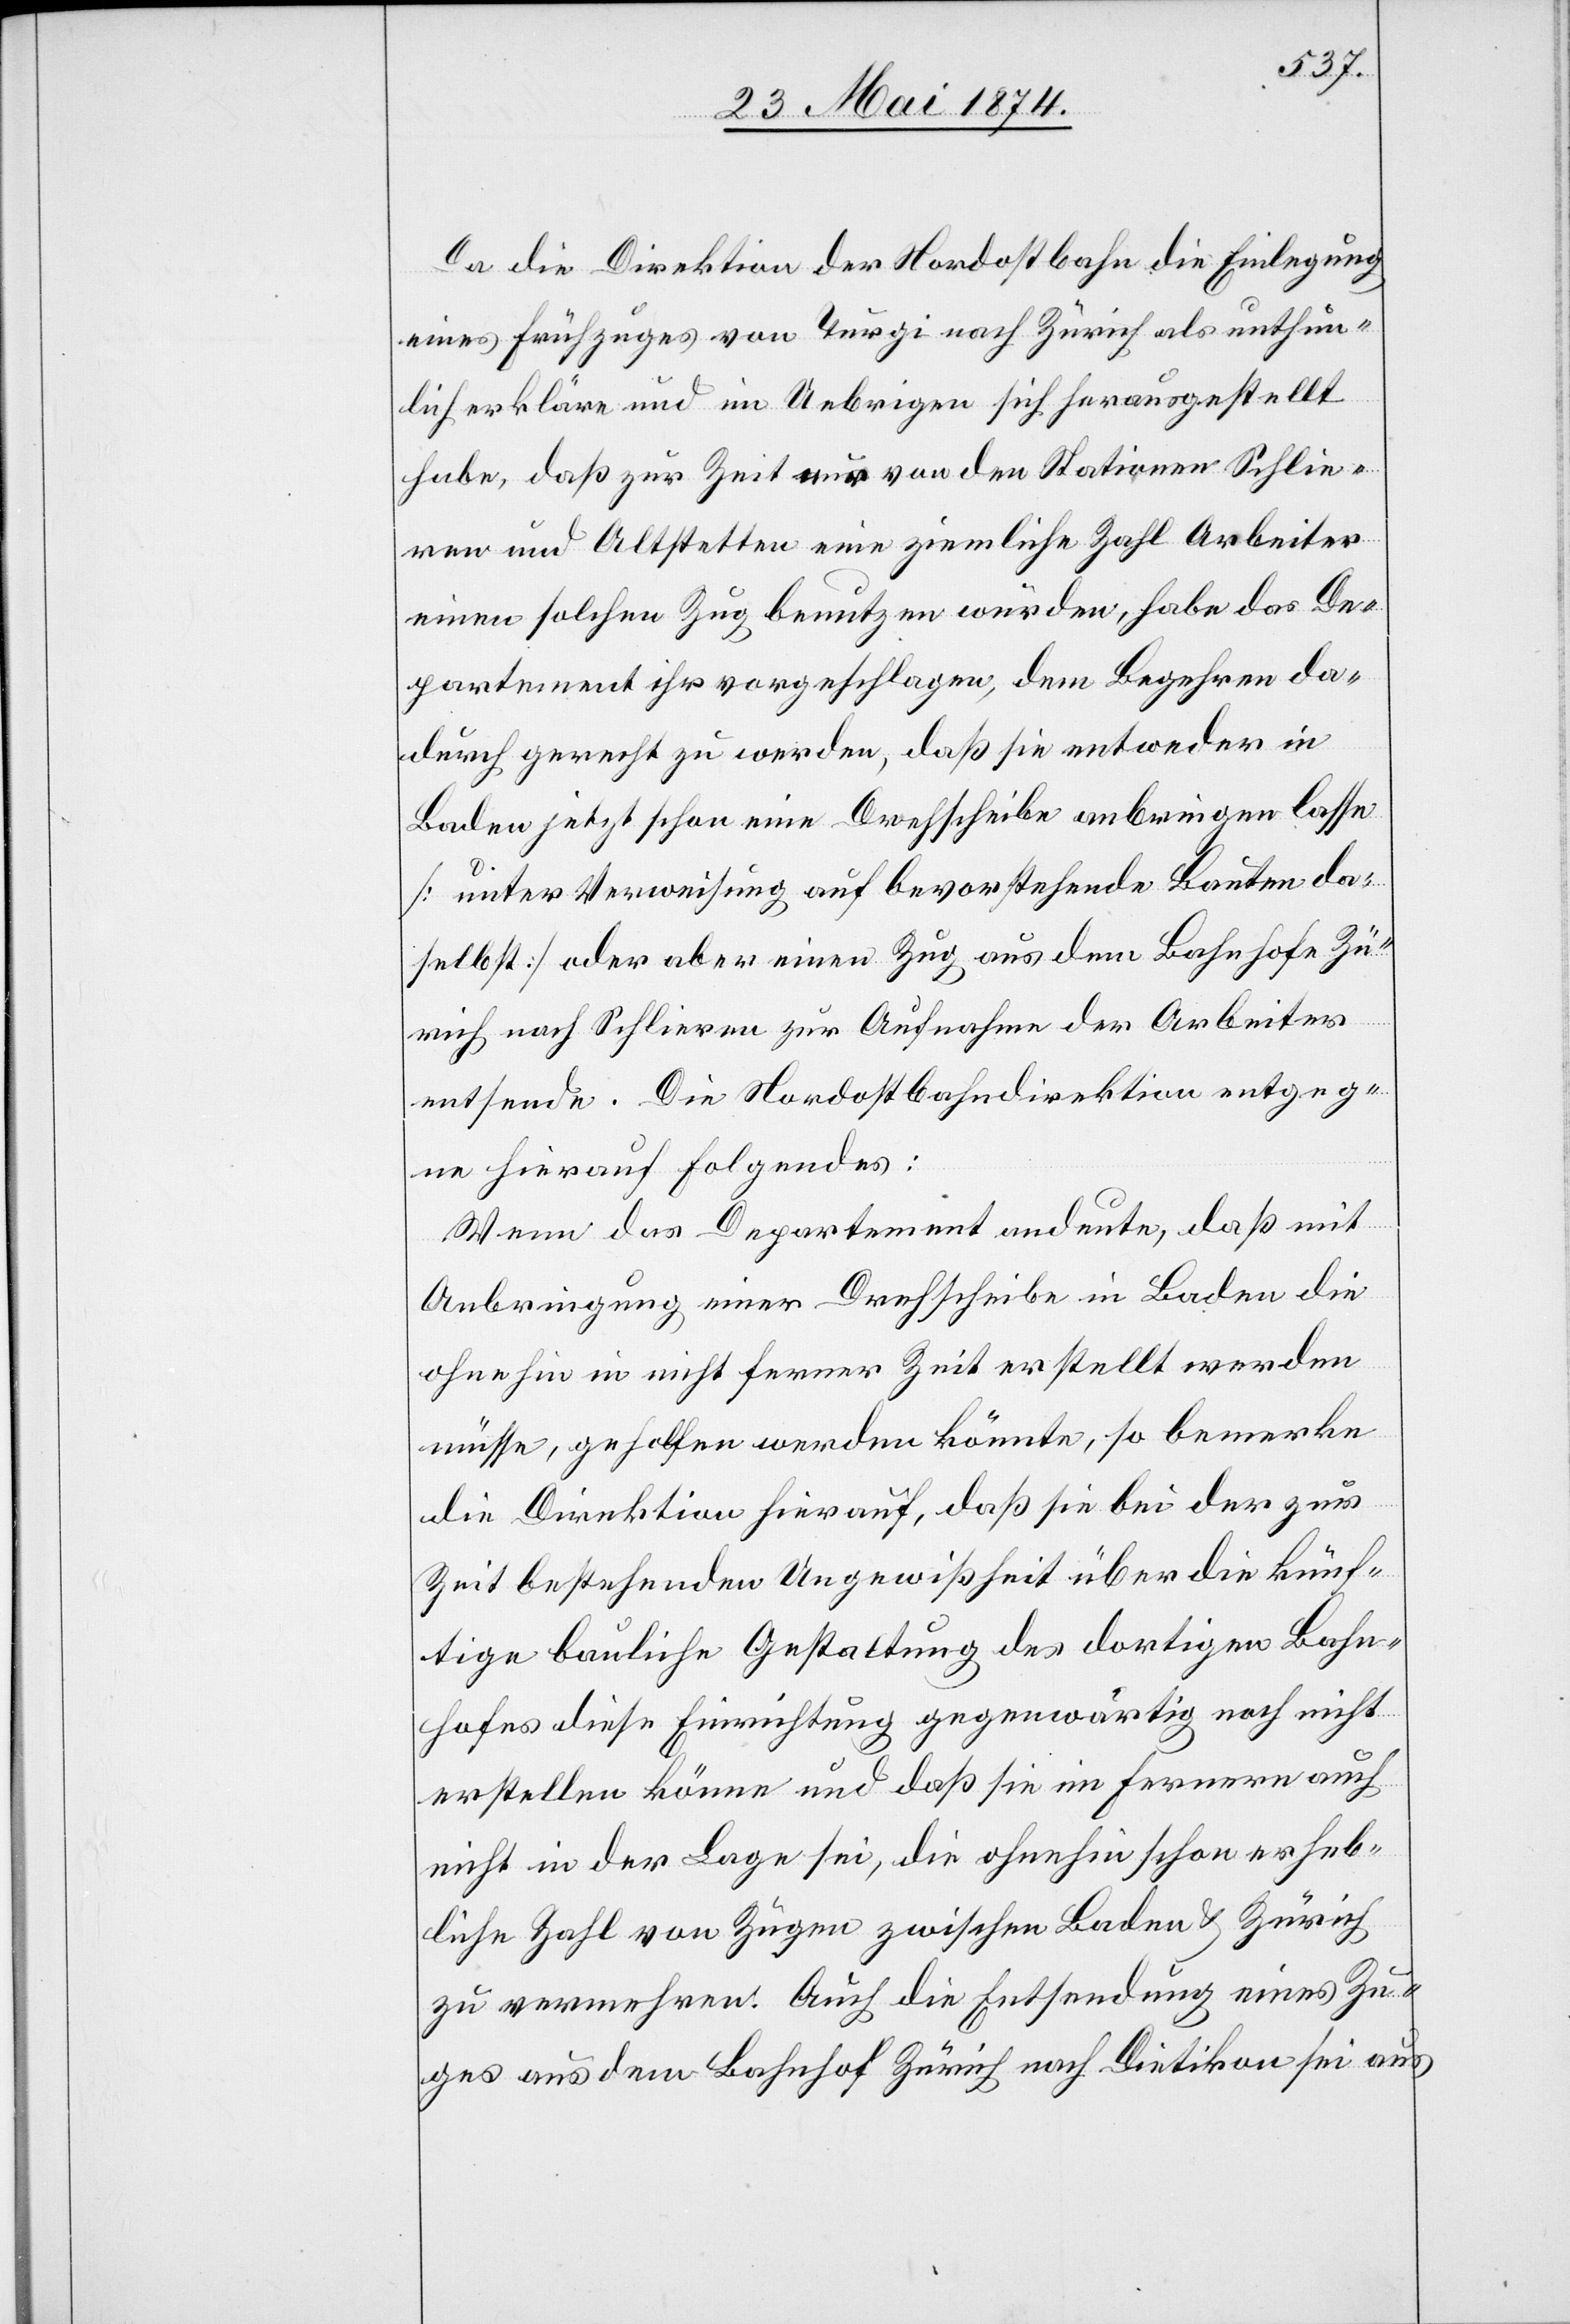
Da die Direktion der Nordostbahn die Einlegung
eines Frühzuges von Turgi nach Zürich als unthun¬
lich erkläre und im Uebrigen sich herausgestellt
habe, daß zur Zeit nur von den Stationen Schlie¬
ren und Altstetten eine ziemliche Zahl Arbeiter
einen solchen Zug benutzen würden, habe das De¬
partement ihr vorgeschlagen, dem Begehren da¬
durch gerecht zu werden, daß sie entweder in
Baden jetzt schon eine Drehscheibe anbringen lasse
[unter Verweisung auf bevorstehende Bauten da¬
selbst] oder aber einen Zug aus dem Bahnhofe Zü¬
rich nach Schlieren zur Aufnahme der Arbeiter
entsende. Die Nordostbahndirektion entgeg¬
net hierauf folgendes:
Wenn das Departement andeute, daß mit
Anbringung einer Drehscheibe in Baden die
ohnehin in nicht ferner Zeit erstellt werden
müsse, geholfen werden könnte, so bemerke
die Direktion hierauf, daß sie bei der zur
Zeit bestehenden Ungewißheit über die künf¬
tige bauliche Gestaltung des dortigen Bahn¬
hofes diese Einrichtung gegenwärtig noch nicht
erstellen könne und daß sie im Ferneren auch
nicht in der Lage sei, die ohnehin schon erheb¬
liche Zahl von Zügen zwischen Baden u. Zürich
zu vermehren. Auch die Entsendung eines Zu¬
ges aus dem Bahnhof Zürich nach Dietikon sei aus